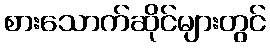
စားသောက်ဆိုင်များတွင်